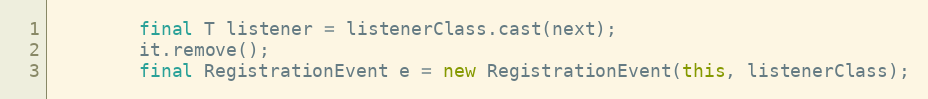
Language: Java
        final T listener = listenerClass.cast(next);
        it.remove();
        final RegistrationEvent e = new RegistrationEvent(this, listenerClass);